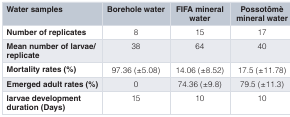
<table><thead><tr><td><b>Water samples</b></td><td><b>Borehole water</b></td><td><b>FIFA mineralwater</b></td><td><b>Possotômèmineral water</b></td></tr></thead><tbody><tr><td><b>Number of replicates</b></td><td>8</td><td>15</td><td>17</td></tr><tr><td><b>Mean number of larvae/</b><b>replicate</b></td><td>38</td><td>64</td><td>40</td></tr><tr><td><b>Mortality rates (%)</b></td><td>97.36 (±5.08)</td><td>14.06 (±8.52)</td><td>17.5 (±11.78)</td></tr><tr><td><b>Emerged adult rates (%)</b></td><td>0</td><td>74.36 (±9.8)</td><td>79.5 (±11.3)</td></tr><tr><td><b>larvae development</b><b>duration (Days)</b></td><td>15</td><td>10</td><td>10</td></tr></tbody></table>